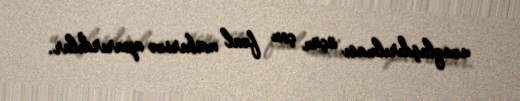
uzaqlaşdırılması üçün çox fəal mübarizə aparırdılar.